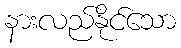
နားလည်နိုင်သော